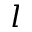
l